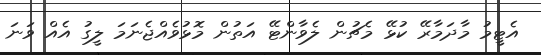
އެޓީމު މާދަމާރޭ ކުޅޭ މެޗުން ލެވާންޓޭ އަތުން މޮޅުވެއްޖެނަމަ ލީގު އެއް ވަނަ